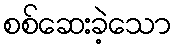
စစ်ဆေးခဲ့သော